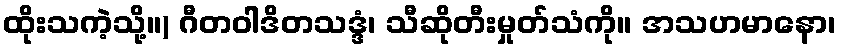
ထိုးသကဲ့သို့။) ဂီတဝါဒိတသဒ္ဒံ၊ သီဆိုတီးမှုတ်သံကို။ အသဟမာနော၊